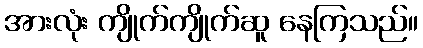
အားလုံး ကျိုက်ကျိုက်ဆူ နေကြသည်။